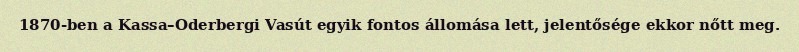
1870-ben a Kassa–Oderbergi Vasút egyik fontos állomása lett, jelentősége ekkor nőtt meg.